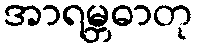
အာရမ္ဘဓာတု